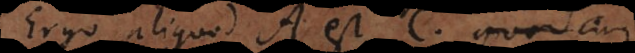
Ergo aliquod A est C, quod